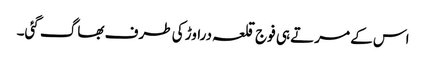
اس کے مرتے ہی فوج قلعہ دراوڑ کی طرف بھاگ گئی۔